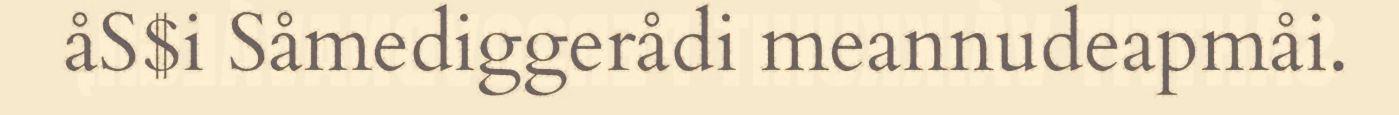
åS$i Såmediggerådi meannudeapmåi.